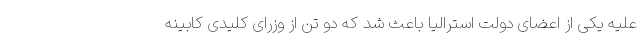
علیه یکی از اعضای دولت استرالیا باعث شد که دو تن از وزرای کلیدی کابینه